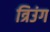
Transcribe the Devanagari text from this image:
त्रिउंग